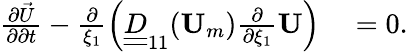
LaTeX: \begin{array}{rl}{\frac{\partial\vec{U}}{\partial\partial t}-\frac{\partial}{\xi_{1}}\left(\underline{{\underline{{D}}}}_{11}(\mathbf{U}_{m})\frac{\partial}{\partial\xi_{1}}\mathbf{U}\right)}&{{}=0.}\end{array}